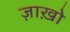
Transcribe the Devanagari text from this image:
ज़ाख़ो